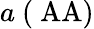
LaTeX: a~\mathrm{{(\ AA)}}